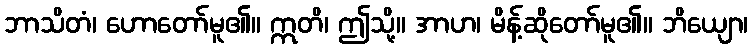
ဘာသိတံ၊ ဟောတော်မူ၏။ ဣတိ၊ ဤသို့။ အာဟ၊ မိန့်ဆိုတော်မူ၏။ ဘိယျော၊